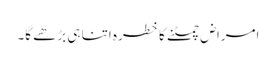
امراض چمٹنے کا خطرہ اتنا ہی بڑھے گا۔